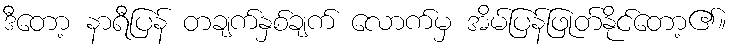
ဒီတော့ နာရီပြန် တချက်နှစ်ချက် လောက်မှ အိမ်ပြန်ဖြုတ်နိုင်တော့၏။